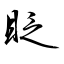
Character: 眨